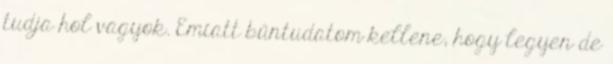
tudja hol vagyok. Emiatt bűntudatom kellene, hogy legyen de